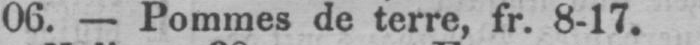
06. - Pommes de terre, fr. 8-17.